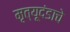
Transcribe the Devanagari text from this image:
मृत्यूदंडाचे